Leaving Certificate, 1901
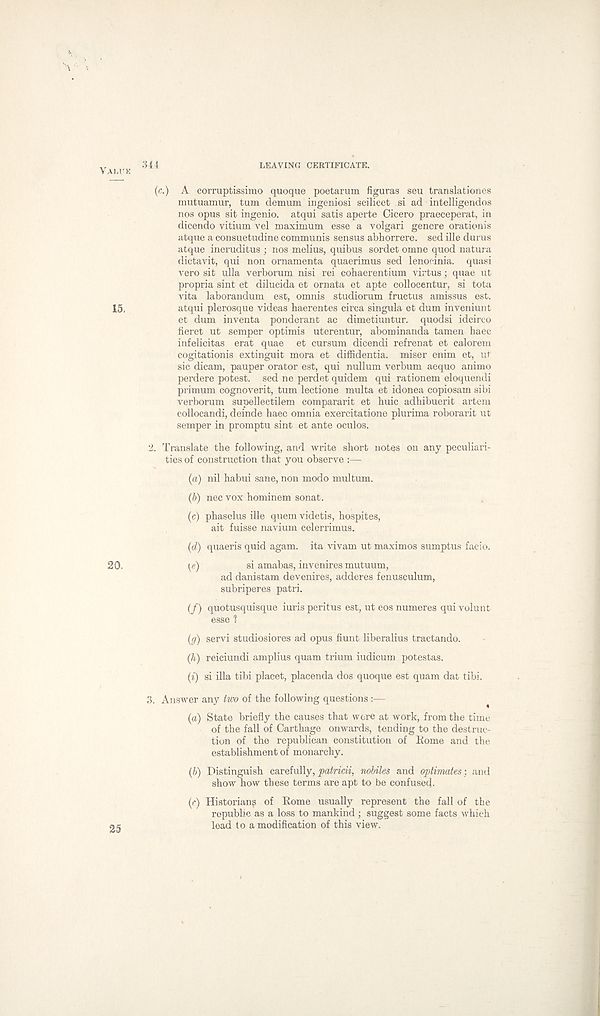
344
LEAVING CERTIFICATE.
(c.) A corruptissimo quoque poetarum figuras seu translationes
mutuamur, turn demum ingeniosi scilicet si ad intelligendos
nos opus sit ingenio. atqui. satis aperte Cicero praeceperat, in
dicendo vitium vel maximum esse a volgari genere oracionis
atque a consuetudine communis sensus abhorrere. sed ille durus
atque ineruditus ; nos melius, quibus sordet omne quod natura
dictavit, qui non ornamenta quaerimus sed lenocinia. quasi
vero sit ulla verborum nisi rei cohaerentium virtus; quae ut
propria sint et dilucida et ornata et apte collocentur, si tota
vita laborandum est, omnis studiorum fruetus amissus est.
atqui plerosque videas haerentes circa singula et dum inveniunt
et dum inventa ponderant ae dimetiuntur. quodsi idcirco
fieret ut semper optimis uterentur, abominanda tamen haec
infelicitas erat quae et cursum dicendi refrenat et calorem
cogitationis extinguit mora et diffidentia. miser enim et, ut
sic dicam, pauper orator est, qui nullum verbum aequo animo
perdere potest, sed ne perdet quidem qui rationem eloquendi
primum cognoverit, turn lectione multa et idonea copiosam sibi
verborum supellectilem compararit et huic adhibuerit artem
eollocandi, deinde haec omnia exercitatione plurima roborarit ut
semper in promptu sint et ante oculos.
3. Translate the following, and write short notes on any peculiari-
ties of construction that you observe :—
(a) nil habui sane, non modo multum.
(b) nec vox hominem sonat.
(c) phaselus ille quern videtis, hospites,
ait fuisse navium celerrimus.
(d) quaeris quid agam. ita vivam ut maximos sumptus facio.
(e)
si amabas, invenires mutuum,
ad danistam devenires, adderes fenusculum,
subriperes patri.
(/) quotusquisque iuris peritus est, ut eos numeres qui volunt
esse 1
(g) send studiosiores ad opus hunt liberalius tractando.
(h) reiciundi amplius quam trium iudicum potestas.
(i) si ilia tibi placet, placenda dos quoque est quam dat tibi.
3. Answer any two of the following questions :—
(a) State briefly the causes that were at work, from the time
of the fall of Carthage onwards, tending to the destruc-
tion of the republican constitution of Rome and the
establishment of monarchy.
(b) Distinguish carefully, patricii, nobiles and optirnates: and
show how these terms are apt to be confused.
(r) Historian? of Rome usually represent the fall of the
republic as a loss to mankind; suggest some facts which
lead to a modification of this view.